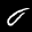
Label: 0